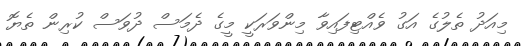
މިއަދު ތެލުގެ އަގު ވެއްޓިފައިވާ މިންވަރަކީ މީގެ ދެމަސް ދުވަސް ކުރިން ތެޔޮ